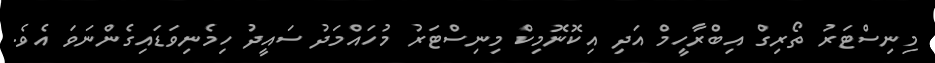
މިނިސްޓަރު ތޯރިގް އިބްރާހީމް އަދި އިކޮނޮމިކް މިނިސްޓަރު މުހައްމަދު ސައީދު ހިމެނިވަޑައިގެންނަވަ އެވެ.